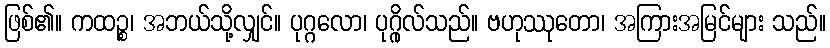
ဖြစ်၏။ ကထဉ္စ၊ အဘယ်သို့လျှင်။ ပုဂ္ဂလော၊ ပုဂ္ဂိုလ်သည်။ ဗဟုဿုတော၊ အကြားအမြင်များ သည်။